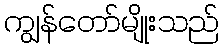
ကျွန်တော်မျိုးသည်